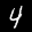
Label: 4